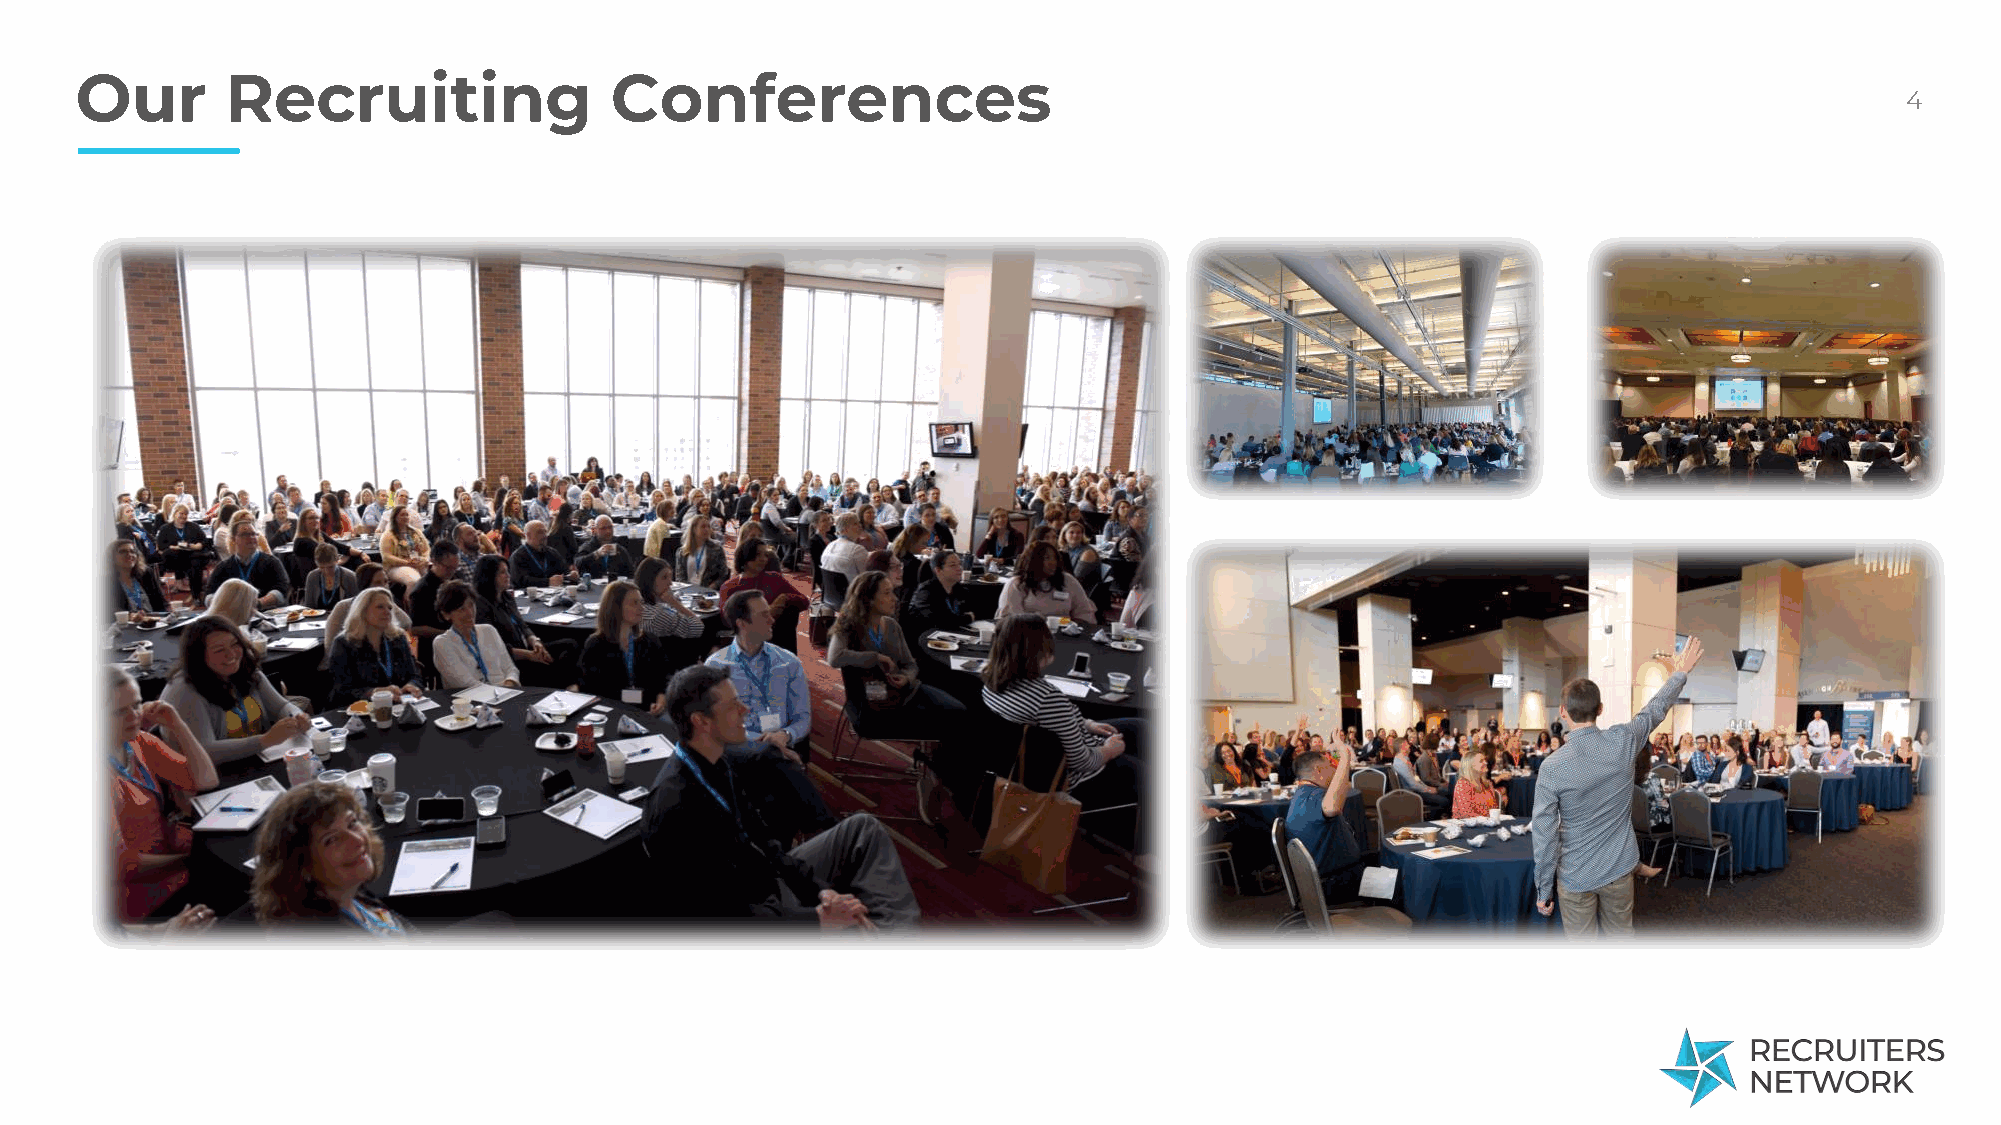
Our       Recruiting               Conferences
 4